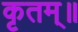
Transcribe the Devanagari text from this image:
कृतम्॥